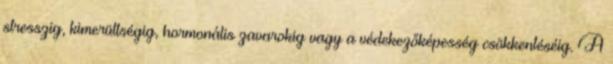
stresszig, kimerültségig, hormonális zavarokig vagy a védekezőképesség csökkentéséig. A